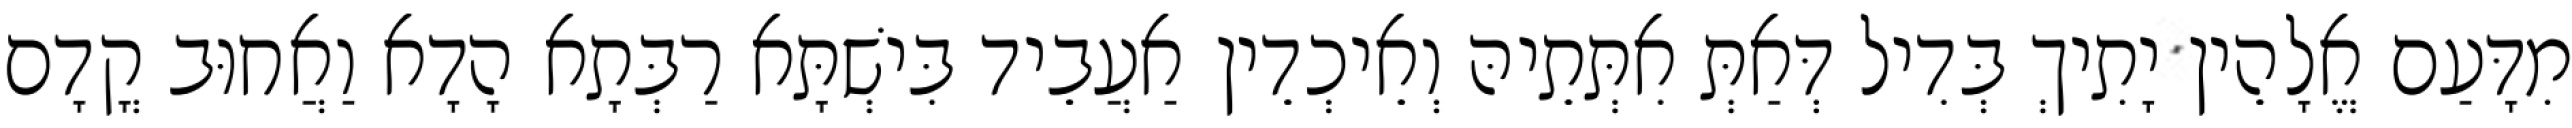
מִדָּעַם אֱלָהֵין יָתִיךְ בְּדִיל דְּאַתְּ אִתְּתֵיהּ וְאֵיכְדֵין אַעֲבֵיד בִּישְׁתָּא רַבְּתָא הָדָא וַאֲחוּב קֳדָם